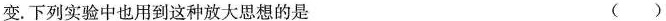
变。下列实验中也用到这种放大思想的是 ()